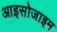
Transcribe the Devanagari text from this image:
आइसोजाइम